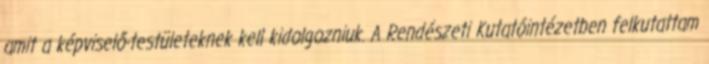
amit a képviselő-testületeknek kell kidolgozniuk. A Rendészeti Kutatóintézetben felkutattam